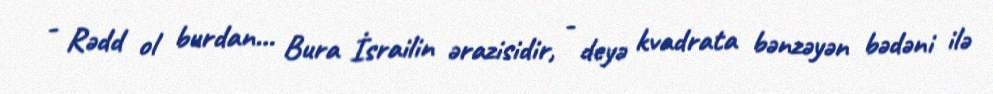
- Rədd ol burdan… Bura İsrailin ərazisidir, - deyə kvadrata bənzəyən bədəni ilə